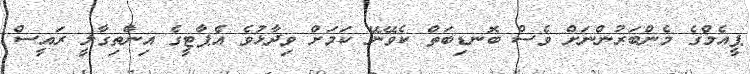
ޕީއެމްގެ މެންބަރުންނަށް ވެސް ބޮނޑިބަތް ކެވޭނޭ ކަމަށް ވިދާޅުވެ އެޕާޓީގެ އިންތިގާލީ ރައީސް